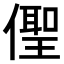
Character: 𠏄